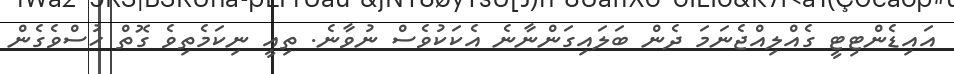
އައިޑެންޓިޓީ ގެއްލިއްޖެނަމަ ދެން ބަލައިގަންނާނެ އެކަކުވެސް ނުވާނެ. ތިއީ ނިކަމެތިވެ ގޮތް ހުސްވެގެން